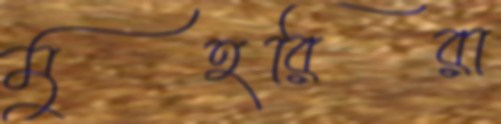
মুহরিরা